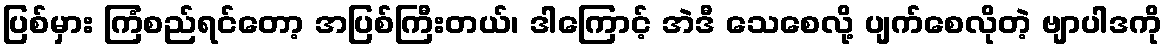
ပြစ်မှား ကြံစည်ရင်တော့ အပြစ်ကြီးတယ်၊ ဒါကြောင့် အဲဒီ သေစေလို့ ပျက်စေလိုတဲ့ ဗျာပါဒကို